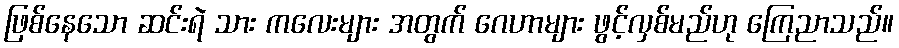
ဖြစ်နေသော ဆင်းရဲ သား ကလေးများ အတွက် ဂေဟာများ ဖွင့်လှစ်မည်ဟု ကြေညာသည်။